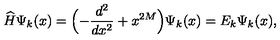
\widehat { H } \Psi _ { k } ( x ) = \Bigl ( - \frac { d ^ { 2 } } { d x ^ { 2 } } + x ^ { 2 M } \Bigr ) \Psi _ { k } ( x ) = E _ { k } \Psi _ { k } ( x ) ,